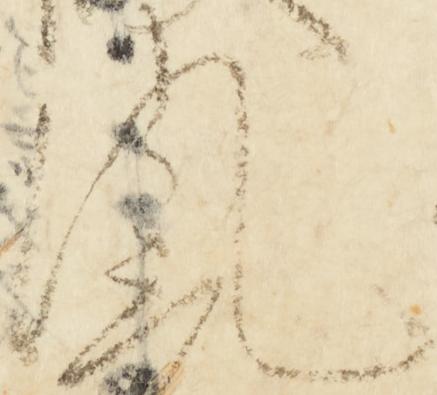
風